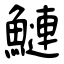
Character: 鰱